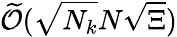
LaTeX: \widetilde{\mathcal{O}}(\sqrt{N_{k}}N\sqrt{\Xi})